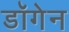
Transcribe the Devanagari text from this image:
डॉगेन